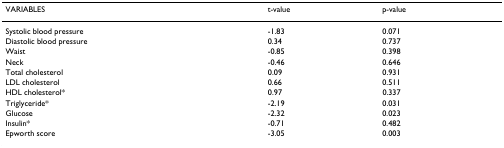
| VARIABLES | t-value | p-value |
 | --- | --- | --- |
 | Systolic blood pressure | -1.83 | 0.071 |
 | Diastolic blood pressure | 0.34 | 0.737 |
 | Waist | -0.85 | 0.398 |
 | Neck | -0.46 | 0.646 |
 | Total cholesterol | 0.09 | 0.931 |
 | LDL cholesterol | 0.66 | 0.511 |
 | HDL cholesterol* | 0.97 | 0.337 |
 | Triglyceride* | -2.19 | 0.031 |
 | Glucose | -2.32 | 0.023 |
 | Insulin* | -0.71 | 0.482 |
 | Epworth score | -3.05 | 0.003 |